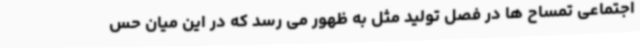
اجتماعی تمساح ها در فصل تولید مثل به ظهور می رسد که در این میان حس